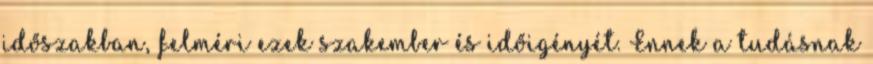
időszakban, felméri ezek szakember és időigényét. Ennek a tudásnak